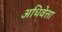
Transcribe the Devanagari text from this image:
अधिवेत्ता